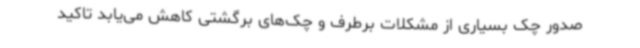
صدور چک بسیاری از مشکلات برطرف و چک‌های برگشتی کاهش می‌یابد تاکید